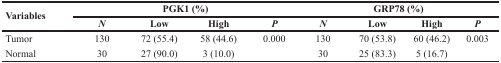
| <ROWSPAN=2> Variables | <COLSPAN=4> PGK1 (%) | <COLSPAN=4> GRP78 (%) |
 | N | Low | High | P | N | Low | High | P |
 | --- | --- | --- | --- | --- | --- | --- | --- | --- |
 | Tumor | 130 | 72 (55.4) | 58 (44.6) | 0.000 | 130 | 70 (53.8) | 60 (46.2) | 0.003 |
 | Normal | 30 | 27 (90.0) | 3 (10.0) |  | 30 | 25 (83.3) | 5 (16.7) |  |